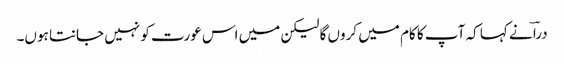
دراؔ نے کہا کہ آپ کا کام میں کروں گا لیکن میں اس عورت کو نہیں جانتا ہوں۔